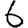
Digit: 6